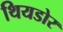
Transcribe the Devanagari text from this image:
थियडोर